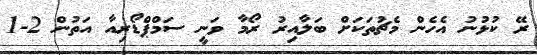
ރޭ ކުޅުނު އެހެން މެޗުތަކަށް ބަލާއިރު ރޯމާ ވަނީ ސަމްޕްޑޯރިއާ އަތުން 2-1